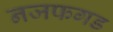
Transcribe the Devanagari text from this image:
नजफगड